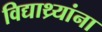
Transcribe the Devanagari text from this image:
विद्याथ्र्यांना